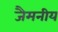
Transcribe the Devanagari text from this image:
जैमनीय